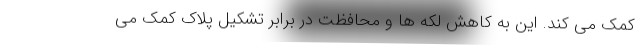
کمک می کند. این به کاهش لکه ها و محافظت در برابر تشکیل پلاک کمک می